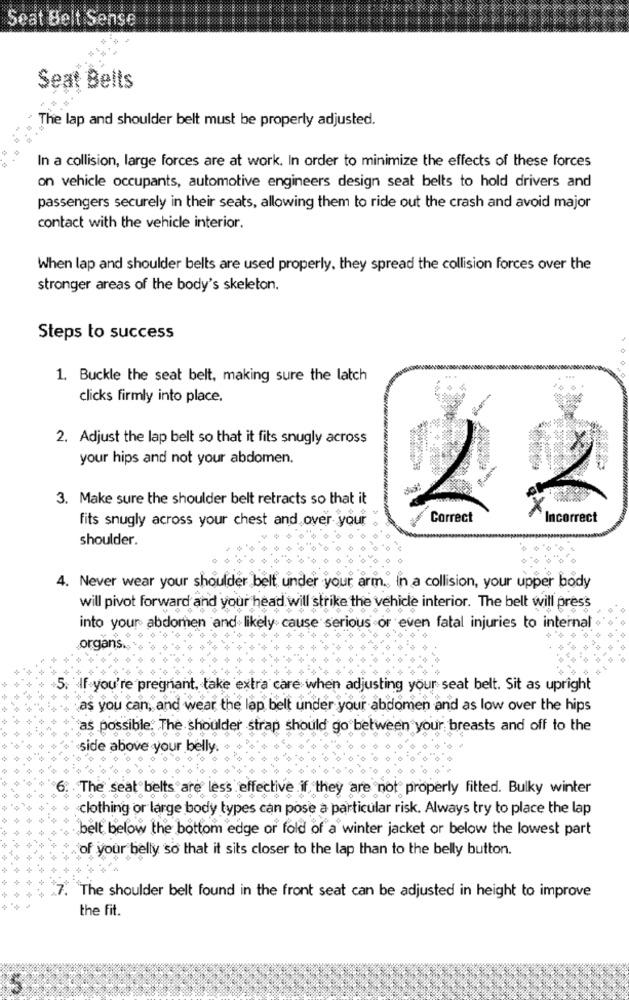
Seat Belt Sense i
Seat Belts
The lap and shoulder belt must be properly adjusted.
In a collision, large forces are at work. In order to minimize the effects of these forces
on vehicle occupants, automotive engineers design seat belts to hold drivers and
passengers securely in their seats, allowing them to ride out the crash and avoid major
contact with the vehicle interior.
When lap and shoulder belts are used properly, they spread the collision forces over the
stronger areas of the body's skeleton.
Steps to success
1. Buckle the seat belt, making sure the latch
clicks firmly into place.
2. Adjust the lap belt so that it fits snugly across
your hips and not your abdomen.
3. Make sure the shoulder belt retracts so that it
fits snugly across your chest and over your
Correct
Incorrect
shoulder.
4. Never wear your shoulder belt under your arm ., in a collision, your upper body
will pivot forward and your head will strike the vehicle interior. The belt will press
into your abdomen and likely cause serious or even fatal injuries to internal
organs.
5. If you're pregnant, take extra care when adjusting your seat belt. Sit as upright
as you can, and wear the lap belt under your abdomen and as low over the hips
as possible. The shoulder strap should go between your breasts and off to the
side above your belly
6. The seat belts are less effective if they are not properly fitted. Bulky winter
clothing or large body types can pose a particular risk. Always try to place the lap
belt below the bottom edge or fold of a winter jacket or below the lowest part
of your belly so that it sits closer to the lap than to the belly button.
7. The shoulder belt found in the front seat can be adjusted in height to improve
the fit.